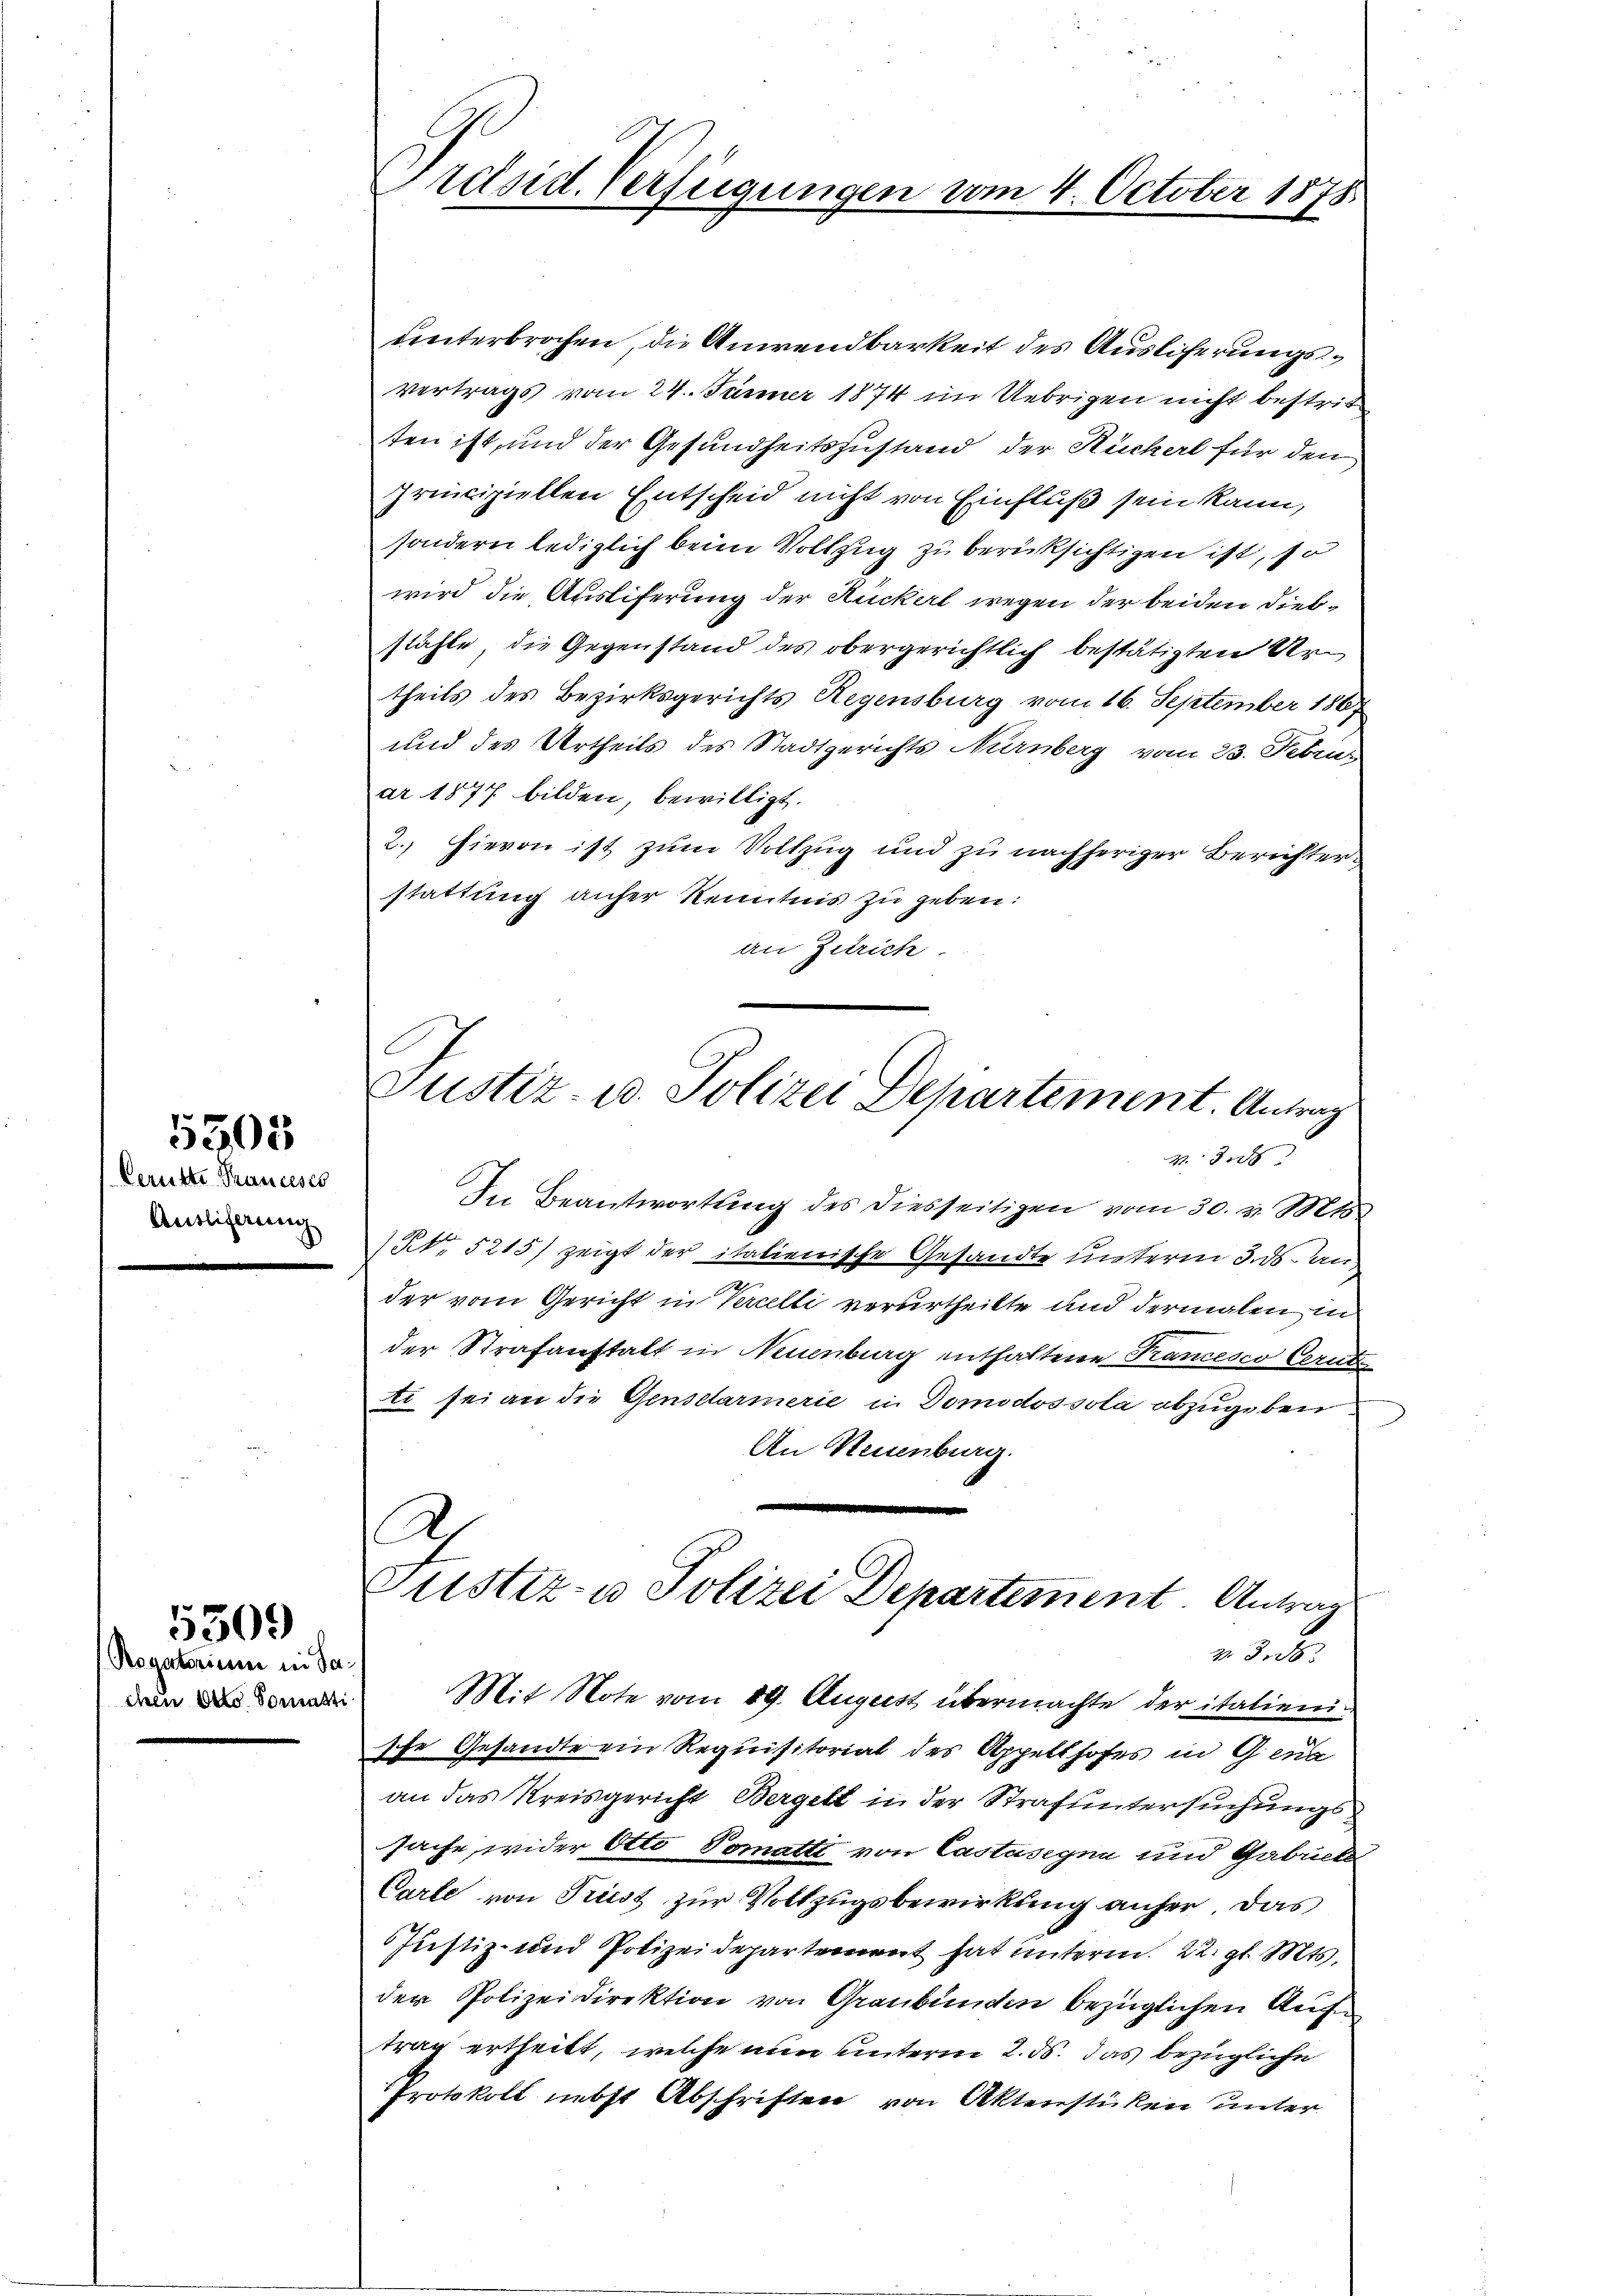
Derütte Prancess
Ausliferung

5305

Rogatorium in Saihen Otto domarti

5309

Präsid. Verfügungen vom 4. October 1878

unterbrochen, die Anwendbarkeit des Ausliferungs¬
Vertrags vom 24. Jänner 1874 im Uebrigen nicht bestrit
ten ist, und der Gesundheitszustand der Rückerl für den
principiellen Entscheid nicht von Einfluß sein kann,
sondern lediglich beim Vollzug zu berücksichtigen ist, so
wird die Ausliferung der Rückerl wegen der beiden Diebstähle, die Gegenstand des obergerichtlich bestätigten Urtheils des Bezirksgerichts Regensburg vom 16. September 1867
und des Urtheils des Stadtgerichts Nürnberg vom 23. Febru
ar 1877 bilden, bewilligt.
2. Hievon ist zum Vollzug und zu nachheriger Berichterstattung anher Kenntnis zu geben:
an Zürich
23
In Beantwortung des diesseitigen vom 30. v. Mts.
Rt. 5215) zeigt der italienische Gesandte unterm 3. ds. an,
der vom Gericht in Vercelli verurtheilte und dermalen in
der Strafanstalt in Neuenburg enthaltene Francesco Cerute
Ar sei an die Gensdarmerie in Domodossola abzugeben
An Neuenburg.
A
Justiz- u Polizei Departement. Antrag
 330.
Mit Note vom 19. August übermachte der italienische Gesandte ein Requisitoriat des Appelthofes in Gena
an das Kreisgericht Bergelt in der Strafuntersuchungssache wider Otto Tomatt von Castasigen und Gabriete
Carte von Priest zur Vollzugsbewirkung anher. Das
Justiz- und Polizeidepartement hat unterm 22. gl. Mts.
der Polizeidirektion von Graubünden bezüglichen Auf
trag ertheilt, welche nun unterm 2. ds. das bezügliche
Protokoll nebst Abschriften von Aktenstücken unter

Justiz, u. Polizei Departement. Antrag